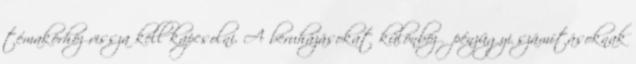
témakörhöz vissza kell kapcsolni. A beruházásokat különböző pénzügyi számításoknak